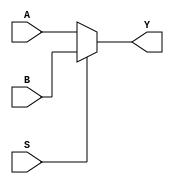
module mux2 (
    S,
    A,
    B,
    Y
);
  input S;
  input A, B;
  output reg Y;

  always @(*) Y = (S) ? B : A;
endmodule